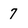
Character: 7